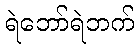
ရဲဘော်ရဲဘက်